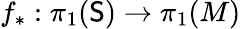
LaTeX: f_{*}:\pi_{1}(\mathsf{S})\to\pi_{1}(M)